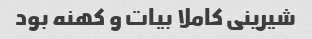
شیرینی کاملا بیات و کهنه بود